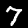
Label: 7